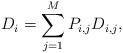
LaTeX: \begin{align*}D_i=\sum_{j=1}^{M} P_{i,j}D_{i,j},\end{align*}